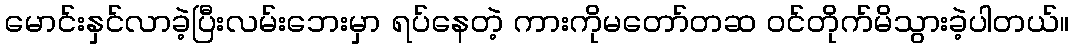
မောင်းနှင်လာခဲ့ပြီးလမ်းဘေးမှာ ရပ်နေတဲ့ ကားကိုမတော်တဆ ဝင်တိုက်မိသွားခဲ့ပါတယ်။